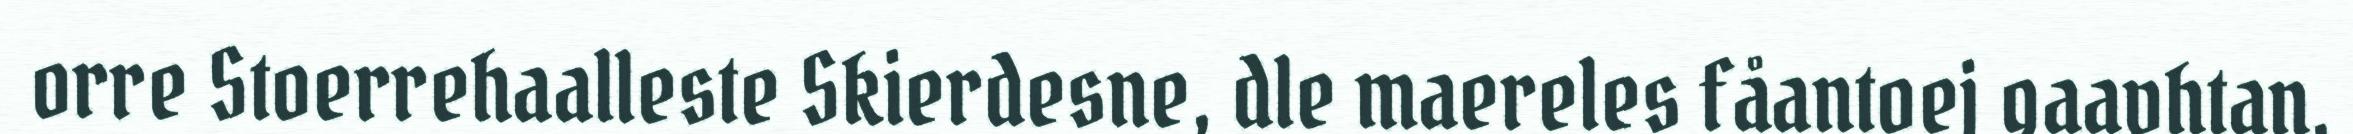
orre Stoerrehaalleste Skierdesne, dle maereles fåantoej gaavhtan,